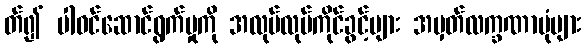
တ်၍ ပါဝင်ဆောင်ရွက်မှုကို အလုပ်လုပ်ကိုင်ခွင့်များ အမှတ်လက္ခဏာပုံများ